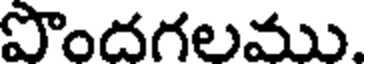
పొందగలము.